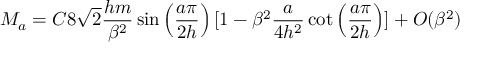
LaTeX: M _ { a } = C 8 \sqrt { 2 } \frac { h m } { \beta ^ { 2 } } \sin \left( \frac { a \pi } { 2 h } \right) [ 1 - \beta ^ { 2 } \frac { a } { 4 h ^ { 2 } } \cot \left( \frac { a \pi } { 2 h } \right) ] + O ( \beta ^ { 2 } )